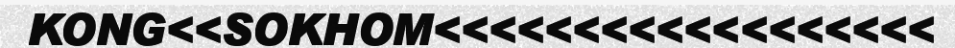
KONG<<SOKHOM<<<<<<<<<<<<<<<<<<